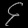
Digit: ၄